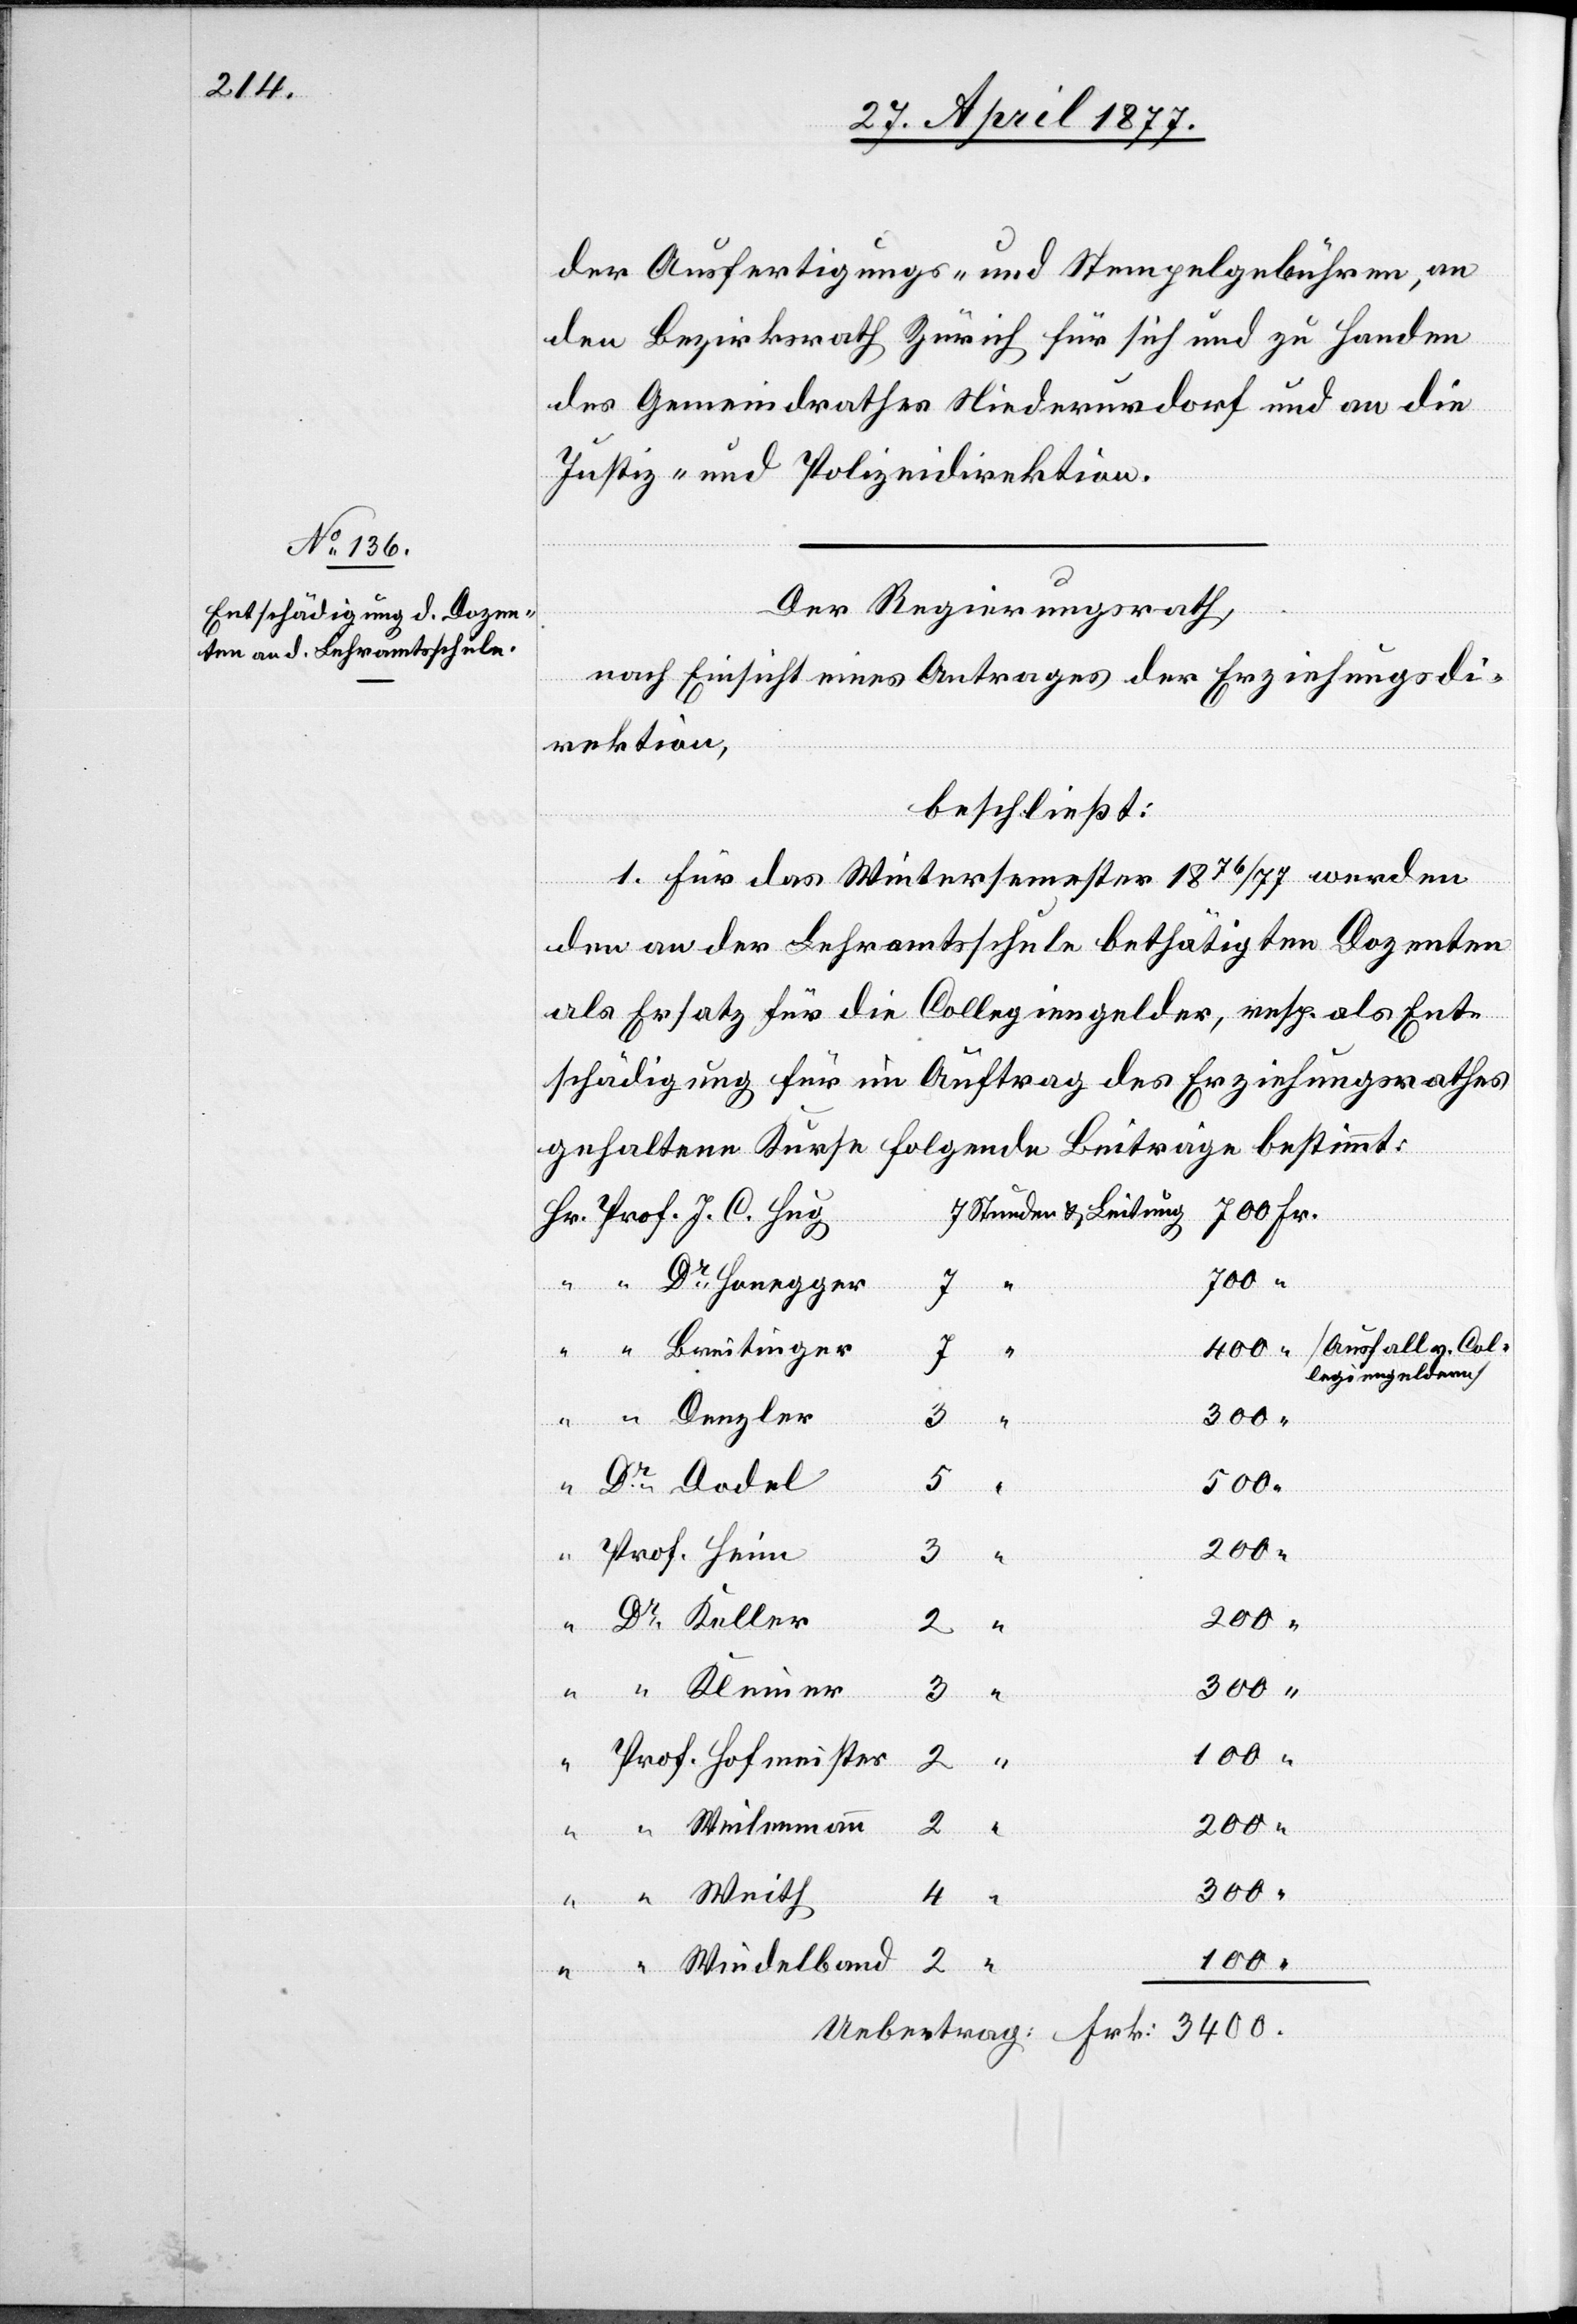
der Ausfertigungs- und Stempelgebühren, an
den Bezirksrath Zürich für sich und zu Handen
des Gemeindrathes Niederurdorf und an die
Justiz- und Polizeidirektion.
Der Regierungsrath,
nach Einsicht eines Antrages der Erziehungsdi¬
rektion,
beschließt:
v.
1. Für das Wintersemester 1876/77 werden
den an der Lehramtsschule bethätigten Dozenten
als Ersatz für die Collegiengelder, resp. als Ent¬
schädigung für im Auftrag des Erziehungsrathes
gehaltenen Kurse folgende Beiträge bestimmt:
2
“
7
llegiengeldern]
k.
500
3400
100
Weith
4
Weilenmann